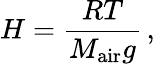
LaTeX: H=\frac{RT}{M_{\textrm{air}}g}\, ,